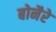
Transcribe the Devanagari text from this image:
बोनैरे